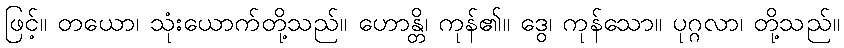
ဖြင့်။ တယော၊ သုံးယောက်တို့သည်။ ဟောန္တိ၊ ကုန်၏။ ဒွေ၊ ကုန်သော။ ပုဂ္ဂလာ၊ တို့သည်။